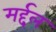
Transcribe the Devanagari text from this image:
मर्द्दल